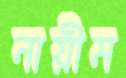
নায়ীম